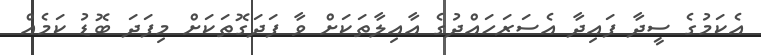
އެކަމުގެ ސީދާ ފައިދާ އެސަރަހައްދުގެ އާއިލާތަކަށް ވާ ފަދަގޮތަކަށް މިފަދަ ބޮޑު ކަމެއް